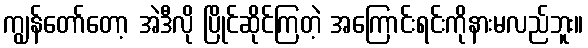
ကျွန်တော်တော့ အဲဒီလို ပြိုင်ဆိုင်ကြတဲ့ အကြောင်းရင်းကိုနားမလည်ဘူး။